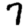
Digit: 7